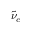
{ \tilde { \nu } } _ { e }